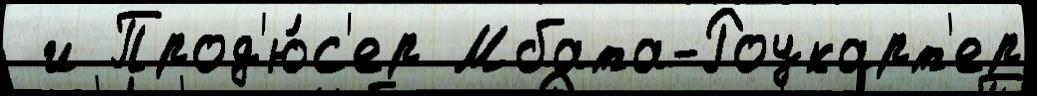
 и Прод'ю́с'ер Мбата-Роукарт'ер